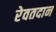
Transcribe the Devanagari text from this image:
रेवतदान